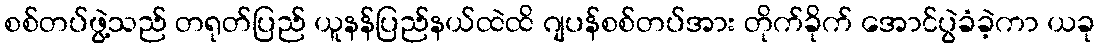
စစ်တပ်ဖွဲ့သည် တရုတ်ပြည် ယူနန်ပြည်နယ်ထဲထိ ဂျပန်စစ်တပ်အား တိုက်ခိုက် အောင်ပွဲခံခဲ့ကာ ယခု